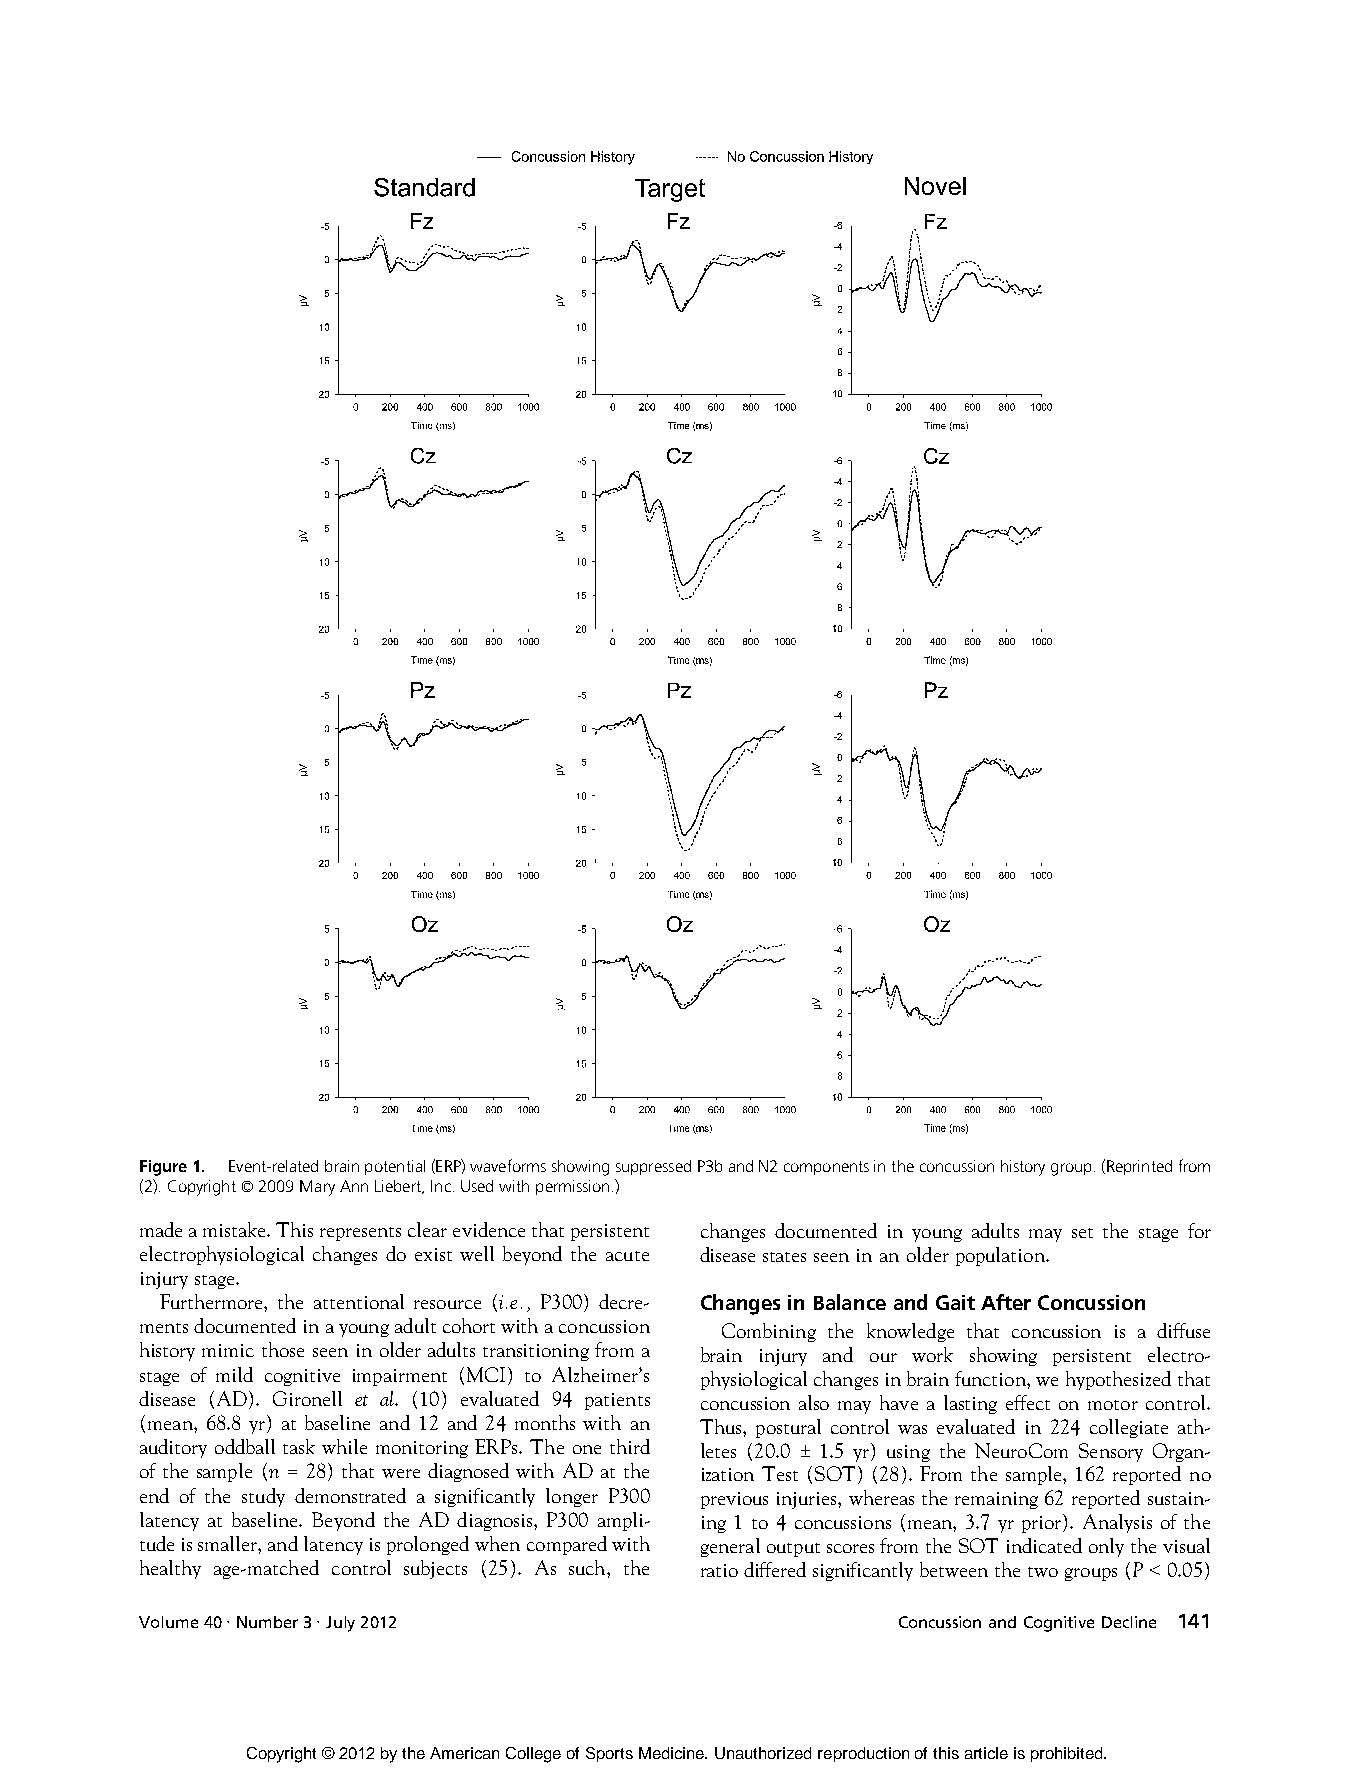
Figure1. Event-relatedbrainpotential(ERP)waveformsshowingsuppressedP3bandN2componentsintheconcussionhistorygroup.(Reprintedfrom
 (2).Copyright*2009MaryAnnLiebert,Inc.Usedwithpermission.)
 madeamistake.Thisrepresentsclearevidencethatpersistent changes documented in young adults may set the stage for
 electrophysiological changes do exist well beyond the acute diseasestatesseeninanolderpopulation.
 injurystage.
 Furthermore, the attentional resource (i.e., P300) decre- ChangesinBalanceandGaitAfterConcussion
 mentsdocumentedinayoungadultcohortwithaconcussion Combining the knowledge that concussion is a diffuse
 history mimic those seen in older adults transitioning from a brain injury and our work showing persistent electro-
 stage of mild cognitive impairment (MCI) to Alzheimer’s physiologicalchangesinbrainfunction,wehypothesizedthat
 disease (AD). Gironell et al. (10) evaluated 94 patients concussion also may have a lasting effect on motor control.
 (mean, 68.8 yr) at baseline and 12 and 24 months with an Thus, postural control was evaluated in 224 collegiate ath-
 auditory oddball task while monitoring ERPs. The one third letes (20.0 T 1.5 yr) using the NeuroCom Sensory Organ-
 of the sample (n = 28) that were diagnosed with AD at the ization Test (SOT) (28). From the sample, 162 reported no
 end of the study demonstrated a significantly longer P300 previousinjuries, whereas theremaining 62reportedsustain-
 latency at baseline. Beyond the AD diagnosis, P300 ampli- ing 1 to 4 concussions (mean, 3.7 yr prior). Analysis of the
 tudeissmaller,andlatencyisprolongedwhencomparedwith generaloutputscoresfromtheSOTindicatedonlythevisual
 healthy age-matched control subjects (25). As such, the ratiodifferedsignificantlybetweenthetwogroups(PG0.05)
 Volume40& Number3& July2012                       ConcussionandCognitiveDecline 141
 Copyright © 2012 by the American College of Sports Medicine. Unauthorized reproduction of this article is prohibited.